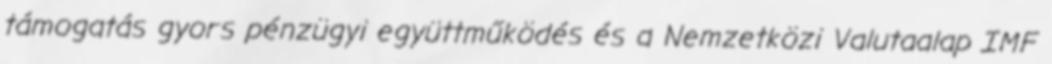
támogatás gyors pénzügyi együttműködés és a Nemzetközi Valutaalap IMF